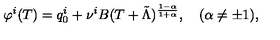
\varphi ^ { i } ( T ) = q _ { 0 } ^ { i } + \nu ^ { i } B ( T + \tilde { \Lambda } ) ^ { \frac { 1 - \alpha } { 1 + \alpha } } , \quad ( \alpha \not = \pm 1 ) ,